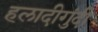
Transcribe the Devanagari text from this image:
हलादीगुंदी